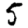
Digit: 5